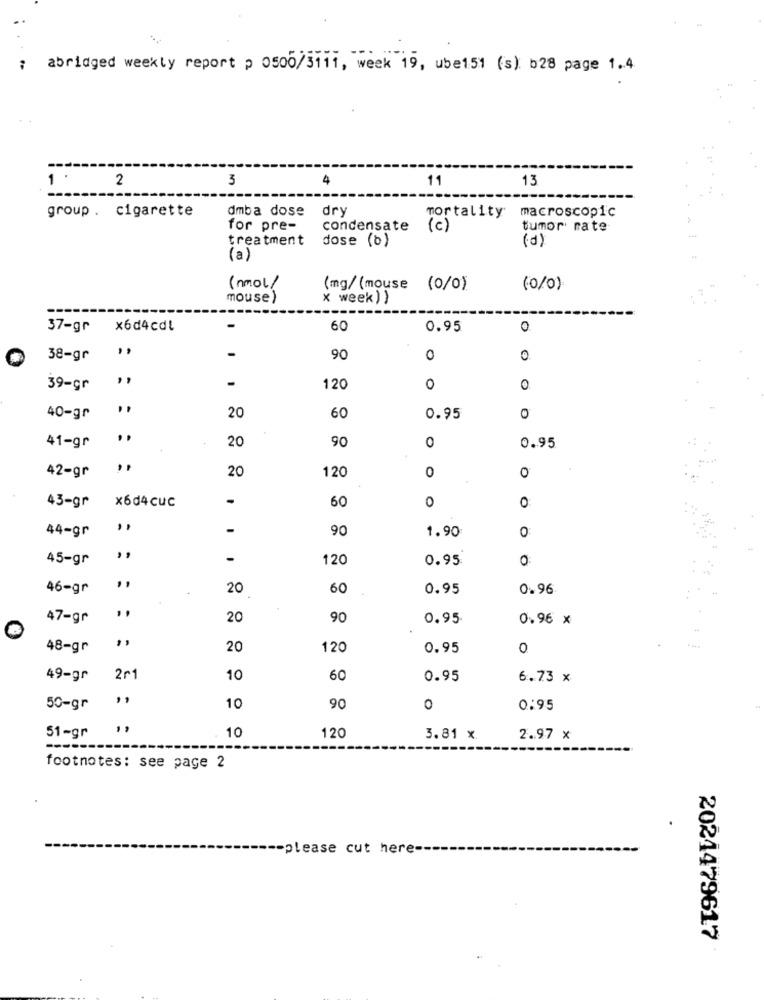
abridged weekly report p 0500/5111, week 19, ube151 (s): b28 page 1.4
1 .
2
3
4
11
13
group . cigarette
dmba dose
dry
macroscopic
mortality
for pre-
condensate
(c)
tumor rate
treatment dose (b)
(d)
(a)
(nmol/
(mg/ (mouse
(0/0)
(0/0)
mouse)
x week) )
37-gr
x6d4cdl
60
0.95
0
38-gr
90
0
0
39-gr
120
0
0
40-gr
20
60
0.95
0
41-gr
,,
20
90
0
0.95
20
0
42-gr
120
43-gr
x6d4cuc
60
0
0
44-gr
-
-
90
1.90
0
45-gr
-
120
0.95
O
46-gr
20
60
0.95
0.96
47-gr
20
90
0.95
0.96 x
B
",
48-gr
20
120
0.95
0
49-gr
2r
10
60
0.95
6.73 x
,,
50-gr
10
90
0
0.95
10
51-gr
120
3.81 x.
2.97 x
-----
footnotes: see page 2
-please cut here-
2024479617